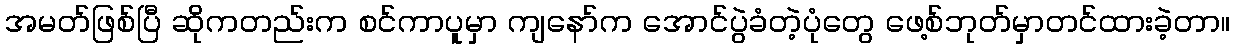
အမတ်ဖြစ်ပြီ ဆိုကတည်းက စင်ကာပူမှာ ကျနော်က အောင်ပွဲခံတဲ့ပုံတွေ ဖေ့စ်ဘုတ်မှာတင်ထားခဲ့တာ။